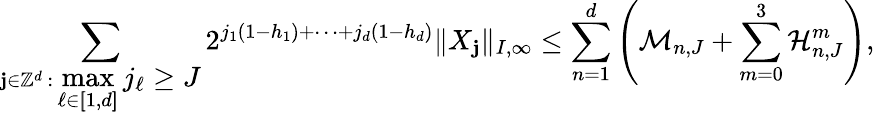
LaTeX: \sum_{\mathbf{j}\in\mathbb{Z}^{d}\, :\, \displaystyle\operatorname*{max}_{\ell\in[\! [1,d]\! ]}j_{\ell}\geq J}2^{j_{1}(1-h_{1})+\cdots+j_{d}(1-h_{d})}\| X_{\mathbf{j}}\| _{I,\infty}\leq\sum_{n=1}^{d}\left(\mathcal{M}_{n,J}+\sum_{m=0}^{3}\mathcal{H}_{n,J}^{m}\right),